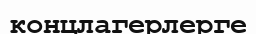
концлагерлерге